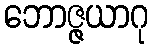
ဘောဇ္ဇယာဂု